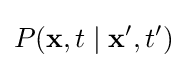
P(\mathbf {x} ,t\mid \mathbf {x} ',t')